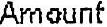
AMOUNT